Civil Veterinary Dept. Assam report 1911-1927 - 1911-1927
Year: 1911
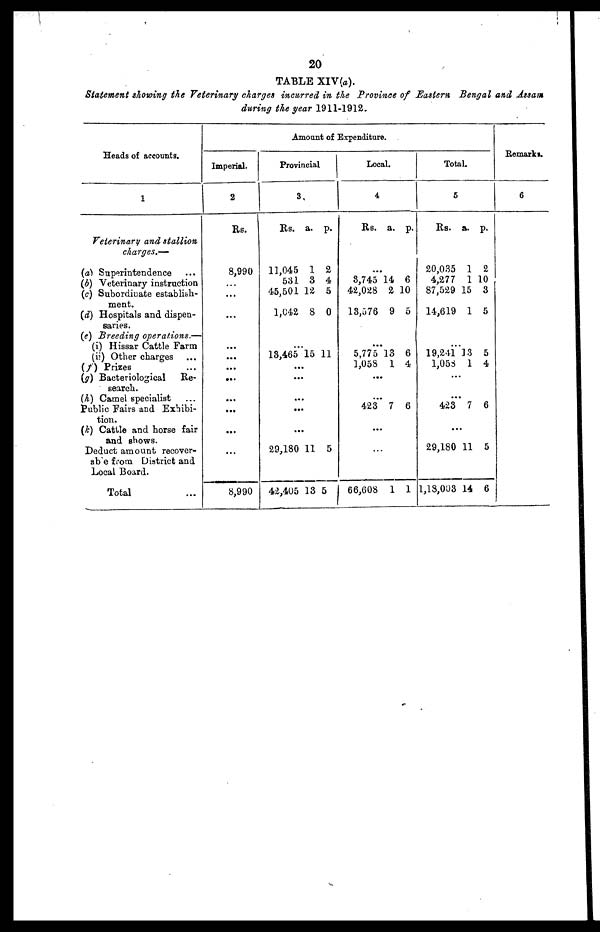
20
TABLE XIV(a).
Statement showing the Veterinary charges incurred in the Province of Eastern Bengal and Assam
during the year 1911-1912.
Heads of accounts.
1
Veterinary and stallion
charges.—
(a) Superintendence ...
(b) Veterinary instruction
(c) Subordinate establish-
ment.
(d) Hospitals and dispen-
saries.
(e) Breeding
operations.—
(i) Hissar Cattle Farm
(ii) Other charges ...
(f) Prizes ...
(g) Bacteriological
Re-
search.
(h) Camel specialist ...
Public Pairs and Exhibi-
tion.
(k) Cattle and horse fair
and shows.
Deduct amount recover-
able from District and
Local Board.
Total ...
Imperial.
2
Rs.
8,990
...
...
...
...
...
...
...
...
...
...
8,990
Amount of Expenditure.
Provincial
3.
Rs. a. p.
11,045 1 2
531 3 4
45,501 12 5
1642 8 0
...
13,465 15 11
...
...
...
...
...
29,180 11 5
42,405 13 5
Local.
4
Rs. a. p.
...
8,745 14 6
42,028 2 10
13,576 9 5
...
5,775 13 6
1,058
1 4
...
...
423 7 6
...
...
66,608 1 1
Total.
5
Rs. a. p.
20,035 1 2
4,277 1 10
87,529 15 3
14,619 1 5
...
19,241 13 5
1,053 1 4
...
...
423 7 6
...
29,180 11 5
1,13,003 14 6
Remarks.
6